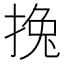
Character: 𢯂